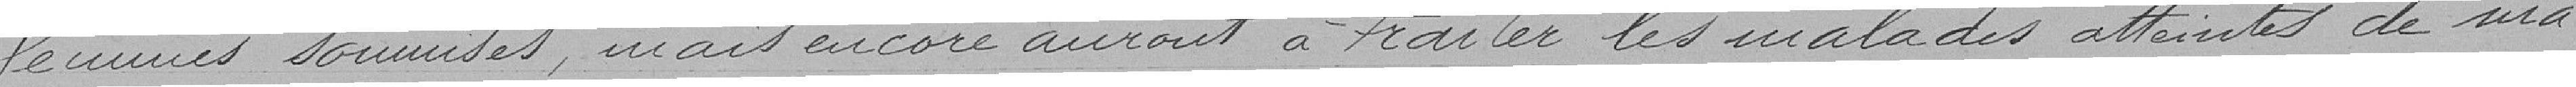
femmes soumises, mais encore auront à traiter les malades atteintes de ma-